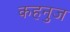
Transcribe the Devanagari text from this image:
कहनुज